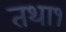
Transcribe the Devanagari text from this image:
तथा१